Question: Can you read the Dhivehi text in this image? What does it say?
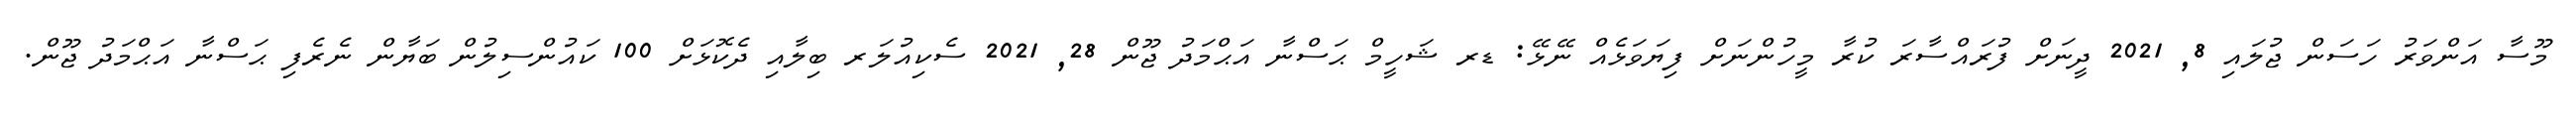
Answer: މޫސާ އަންވަރު ހަސަން ޖުލައި 8, 2021 ދީނަށް ފުރައްސާރަ ކުރާ މީހުންނަށް ފިޔަވަޅެއް ނޭޅޭ: ޑރ ޝަހީމް ޙަސްނާ އަޙްމަދު ޖޫން 28, 2021 ސެކިއުލަރ ބިލާއި ދެކޮޅަށް 100 ކައުންސިލުން ބަޔާން ނެރެފި ޙަސްނާ އަޙްމަދު ޖޫން.